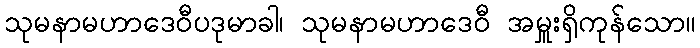
သုမနာမဟာဒေဝီပဒုမာခါ၊ သုမနာမဟာဒေဝီ အမှူးရှိကုန်သော။